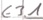
Text: E3.1